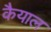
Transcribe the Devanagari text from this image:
कैयाल